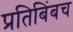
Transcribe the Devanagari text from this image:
प्रतिबिंबच